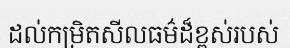
ដល់កម្រិតសីលធម៌ដ៏ខ្ពស់របស់